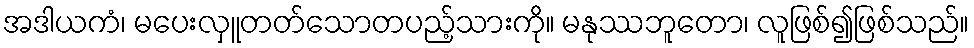
အဒါယကံ၊ မပေးလှူတတ်သောတပည့်သားကို။ မနုဿဘူတော၊ လူဖြစ်၍ဖြစ်သည်။